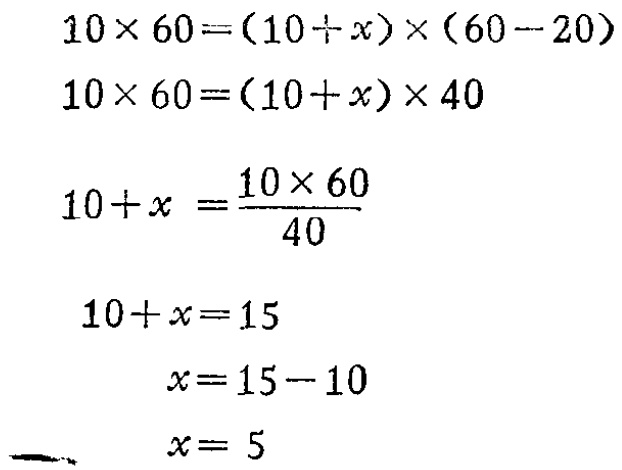
\[

\begin{align*}

10\times60&=(10 + x)\times(60 - 20)\\

10\times60&=(10 + x)\times40\\

10 + x&=\frac{10\times60}{40}\\

10 + x&=15\\

x&=15 - 10\\

x&=5

\end{align*}

\]